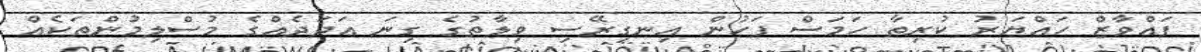
ފައްވާޒް ހައްޔަރު ކުރިތާ ހަމަސް ފަހުން އިނގިރޭސި ވިލާތުގެ ގިނަ ޢަދަދެއްގެ މުސްލިމުންތަކެއް